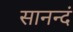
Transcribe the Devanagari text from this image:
सानन्दं